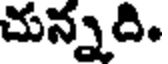
చున్నది.